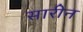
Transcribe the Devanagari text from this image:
सारीन